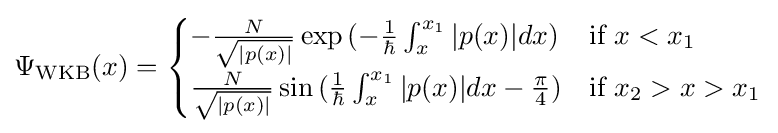
\Psi _{\text{WKB}}(x)={\begin{cases}-{\frac {N}{\sqrt {|p(x)|}}}\exp {(-{\frac {1}{\hbar }}\int _{x}^{x_{1}}|p(x)|dx)}&{\text{if }}x<x_{1}\\{\frac {N}{\sqrt {|p(x)|}}}\sin {({\frac {1}{\hbar }}\int _{x}^{x_{1}}|p(x)|dx-{\frac {\pi }{4}})}&{\text{if }}x_{2}>x>x_{1}\\\end{cases}}